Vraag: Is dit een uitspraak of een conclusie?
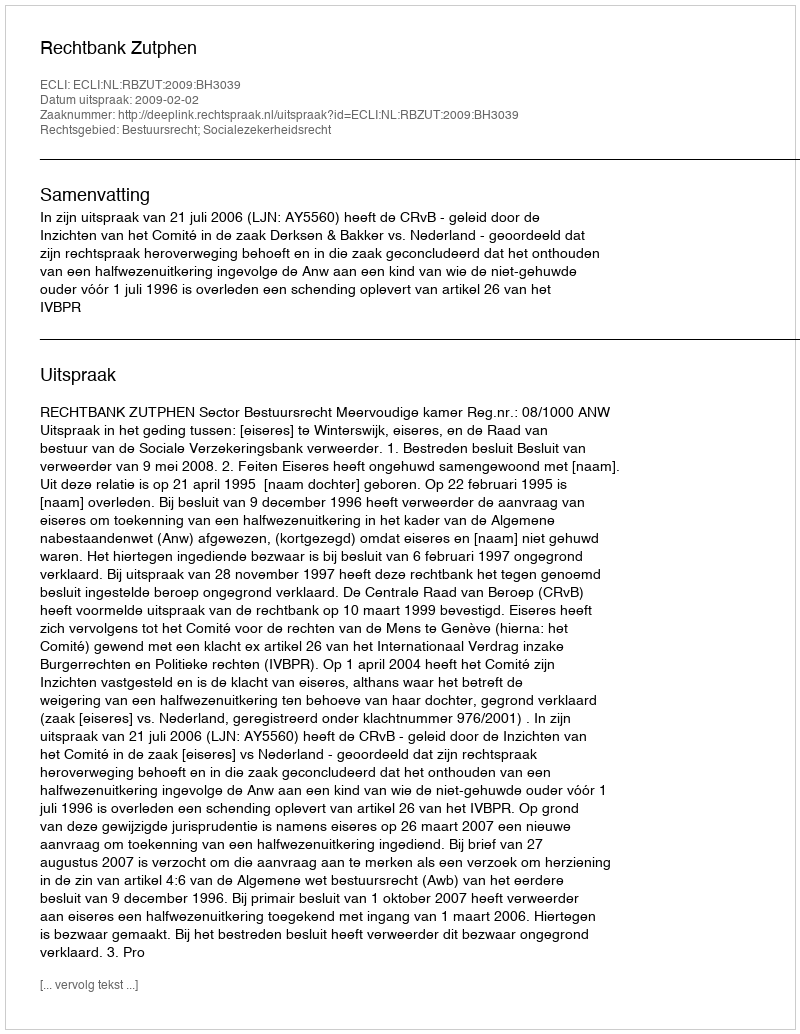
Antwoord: Uitspraak